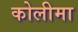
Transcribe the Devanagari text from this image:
कोलीमा